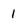
Character: 1